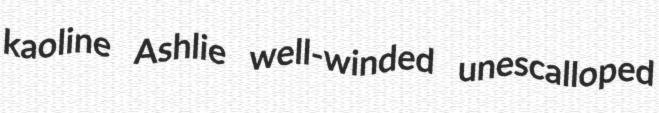
kaoline Ashlie well-winded unescalloped